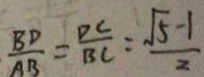
\frac { B D } { A B } = \frac { D C } { B C } = \frac { \sqrt { 5 } - 1 } { 2 }